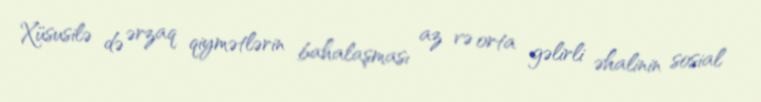
Xüsusilə də ərzaq qiymətlərin bahalaşması az və orta gəlirli əhalinin sosial